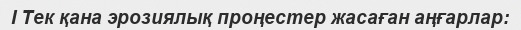
І Тек қана эрозиялық проңестер жасаған аңғарлар: